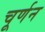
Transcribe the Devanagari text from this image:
चूर्णन